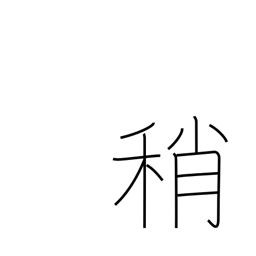
Meaning: slightly